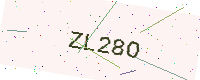
Text: ZL28O